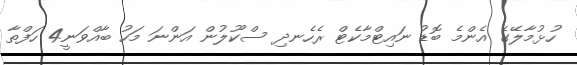
ހުޅުމާލޭގެ އެންމެ ބޮޑު ނައިޓްމާކެޓް ރެހެނދި ސްކޫލުން އަންނަ މަހު ބާއްވަނީ4 ހަފްތާ